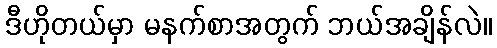
ဒီဟိုတယ်မှာ မနက်စာအတွက် ဘယ်အချိန်လဲ။